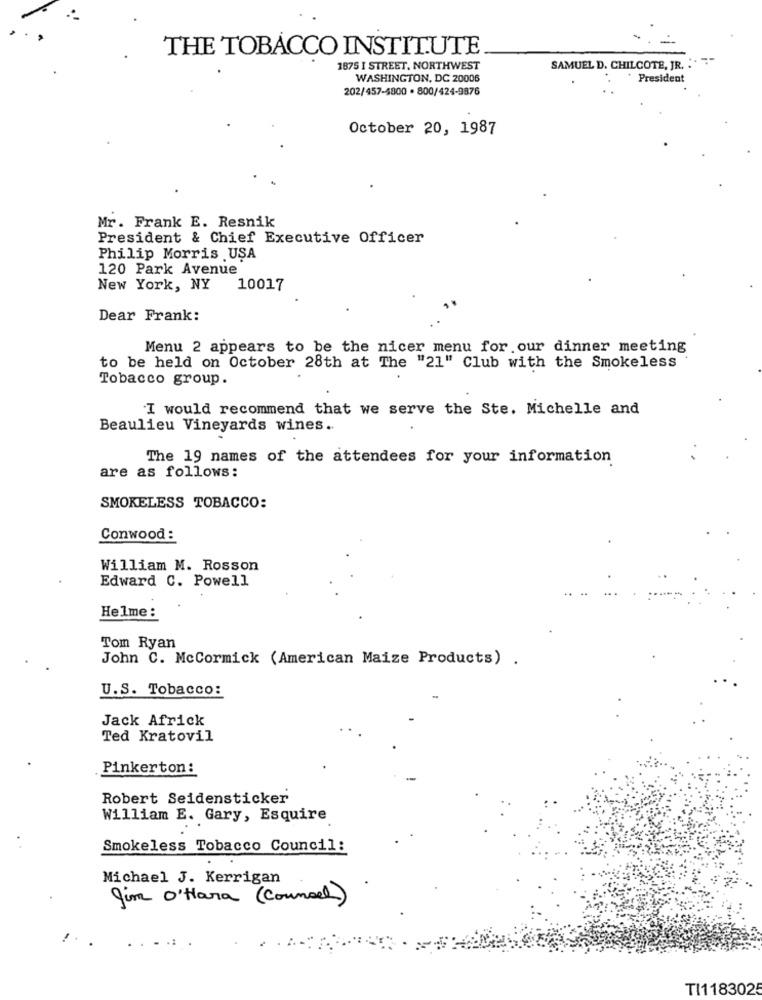
THE TOBACCO INSTITUTE
1875 I STREET, NORTHWEST
SAMUEL D. CHILCOTE, JR. .
WASHINGTON, DC 20006
President
202/457-4800 · 800/424-9876
October 20, 1987
Mr. Frank E. Resnik
President & Chief Executive Officer
Philip Morris USA
120 Park Avenue
New York, NY
10017
Dear Frank:
Menu 2 appears to be the nicer menu for our dinner meeting
to be held on October 28th at The "21" Club with the Smokeless
Tobacco group.
I would recommend that we serve the Ste. Michelle and
Beaulieu Vineyards wines.
The 19 names of the attendees for your information
are as follows:
SMOKELESS TOBACCO:
Conwood :
William M. Rosson
Edward C. Powell
Helme:
Tom Ryan
John C. McCormick (American Maize Products) .
U.S. Tobacco:
Jack Africk
Ted Kratovil
Pinkerton:
Robert Seidensticker
William E. Gary, Esquire
Smokeless Tobacco Council:
Michael J. Kerrigan
Jim O'Hara (Counsel)
. ....
TI118302